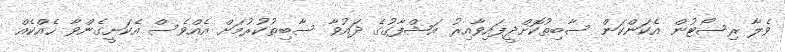
ވެލާ ރިސޯޓުން އެކަންކަން ސާބިތުކޮށްދީފައިވާއިރު އަޝްފާގުގެ ދައުވާ ސާބިތުކުރުމަށް އެއްވެސް އެކަށީގެންވާ ހެއްކެއް